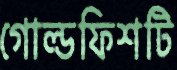
গোল্ডফিশটি